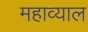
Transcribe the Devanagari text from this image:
महाव्याल